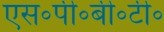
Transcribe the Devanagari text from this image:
एस॰पी॰बी॰टी॰